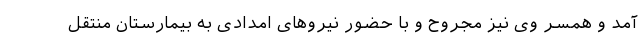
آمد و همسر وی نیز مجروح و با حضور نیروهای امدادی به بیمارستان منتقل